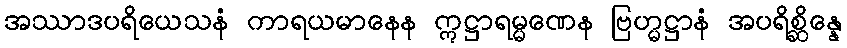
အဿာဒပရိယေသနံ ကာရယမာနေန ဣဋ္ဌာရမ္မဏေန ဗြဟ္မဋ္ဌာနံ အပရိစ္ဆိန္နေ